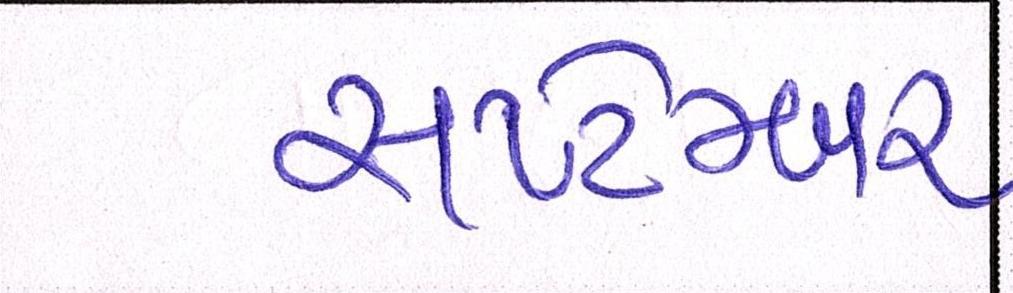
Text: સપ્ટેમ્બર